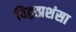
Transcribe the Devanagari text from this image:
विद्वत्प्रशंसा